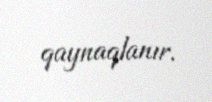
qaynaqlanır.